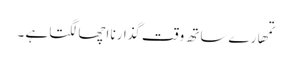
تمھارے ساتھ وقت گذارنا اچھا لگتا ہے ۔